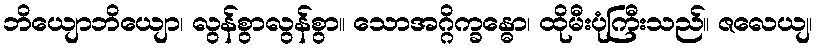
ဘိယျောဘိယျော၊ လွန်စွာလွန်စွာ။ သောအဂ္ဂိက္ခန္ဓော၊ ထိုမီးပုံကြီးသည်။ ဇလေယျ၊